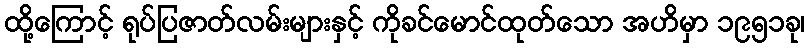
ထို့ကြောင့် ရုပ်ပြဇာတ်လမ်းများနှင့် ကိုခင်မောင်ထုတ်သော အဟိမှာ ၁၉၅၁ခု၊